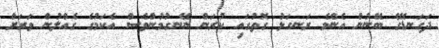
ދަގަނޑޭގެ ބޭނުން އެންމެ ރަނގަޅު ގޮތުގައި ކުރަން ނޭނގުމުންވެސް އެކަމުގެ ގެއްލުން ވަރަށް